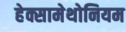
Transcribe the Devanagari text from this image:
हेक्सामेथोनियम